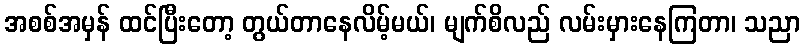
အစစ်အမှန် ထင်ပြီးတော့ တွယ်တာနေလိမ့်မယ်၊ မျက်စိလည် လမ်းမှားနေကြတာ၊ သညာ